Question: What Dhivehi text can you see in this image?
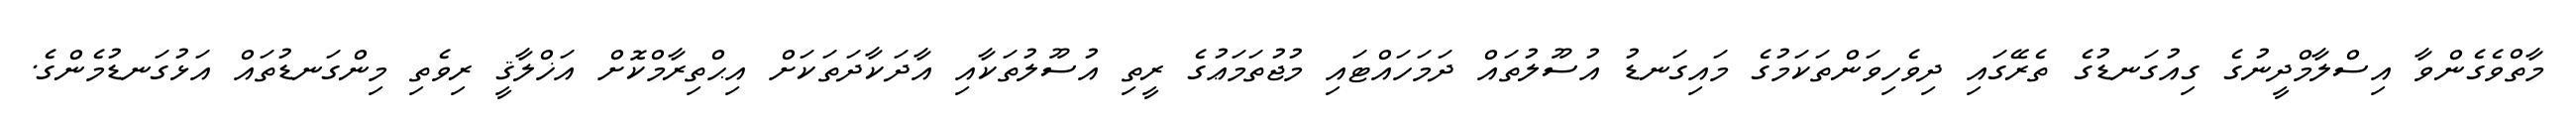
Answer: މާތްވެގެންވާ އިސްލާމްދީނުގެ ގިއުގަނޑުގެ ތެރޭގައި ދިވެހިވަންތަކަމުގެ މައިގަނޑު އުސޫލުތައް ދަމަހައްޓައި މުޖުތަމަޢުގެ ރީތި އުސޫލުތަކާއި އާދަކާދަތަކަށް އިޙްތިރާމްކޮށް އަޚްލާޤީ ރިވެތި މިންގަނޑުތައް އަޅުގަނޑުމެންގެ.